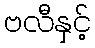
ဗလီနှင့်